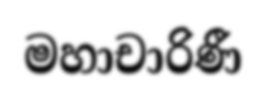
මහාචාරිණී